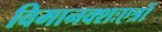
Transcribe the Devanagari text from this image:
विमानक्शःएत्रों